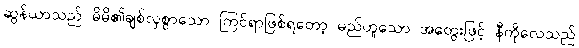
ဆွန်ယာသည် မိမိ၏ချစ်လှစွာသော ကြင်ရာဖြစ်ရတော့ မည်ဟူသော အတွေးဖြင့် နီကိုလေသည်